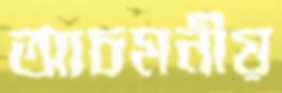
আচমনীয়